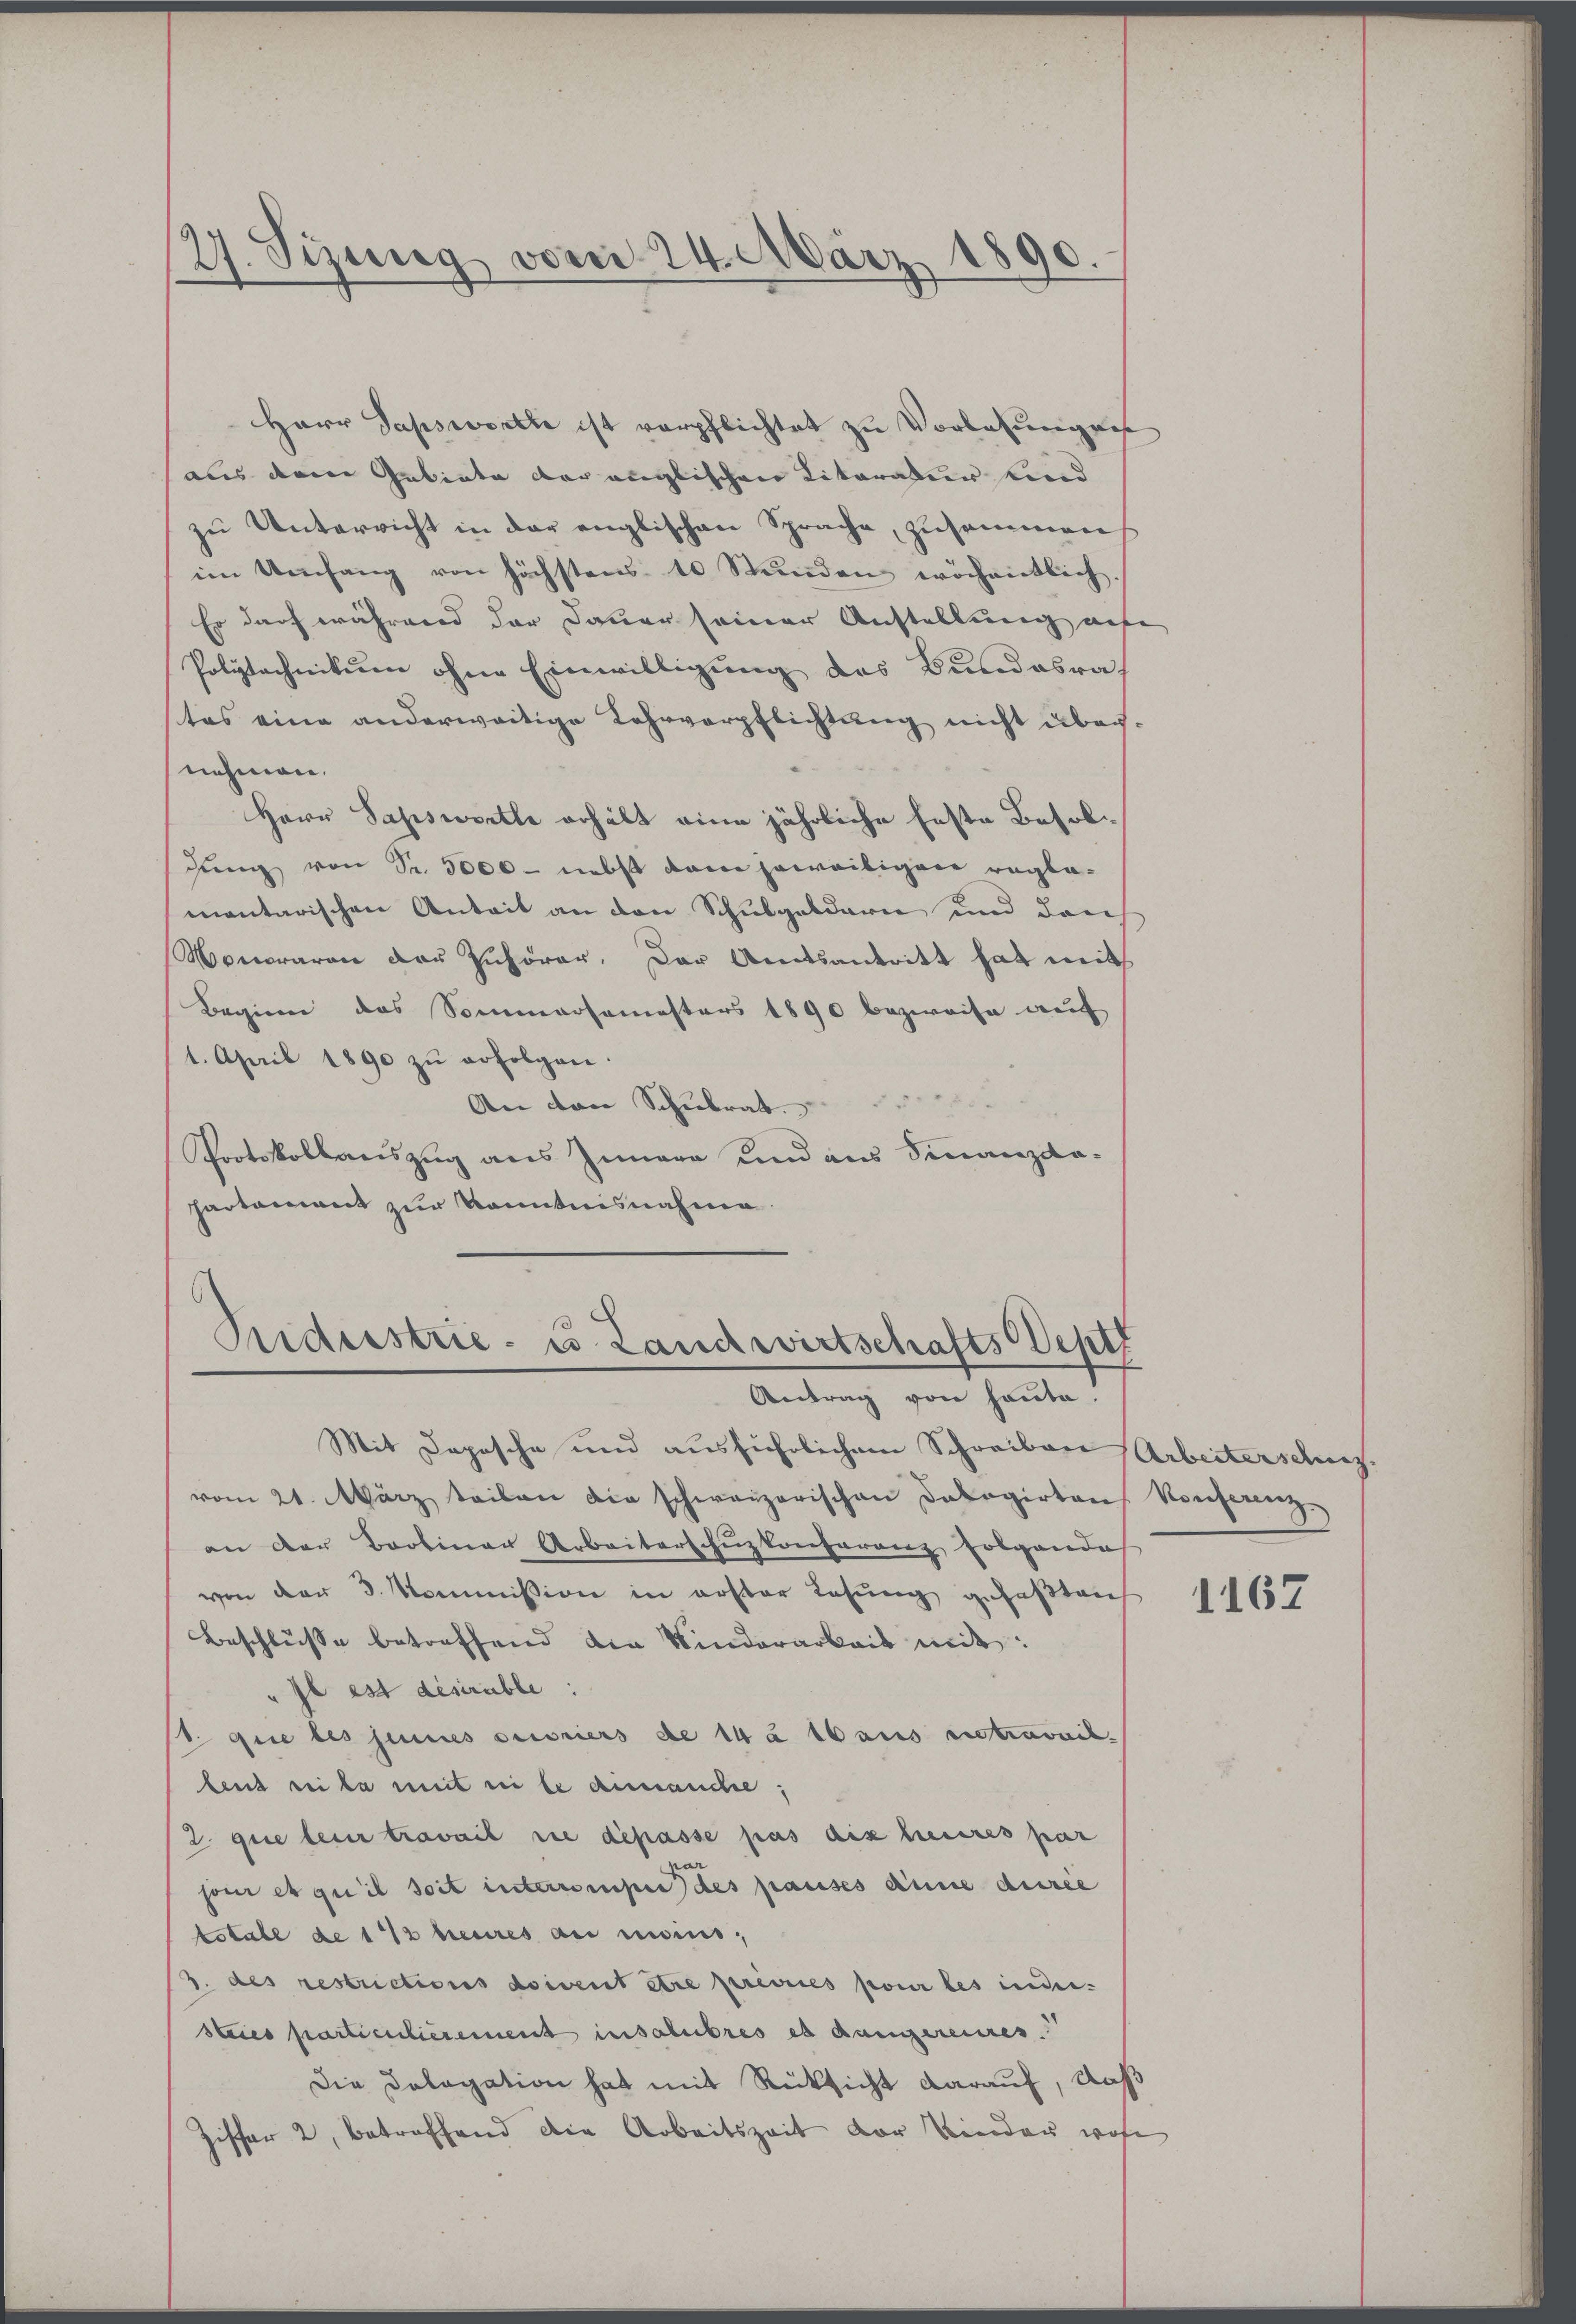
2. Sizung vom 24. März 1890.

Herr Papsworte ist verpflichtet zu Vorlesungen
aus dem Gebiete der englischen Literatur kind
zu Unterricht in der englischen Sprache, zusammen,
im Umfang von höchstens 10 Stŭnden wöchentlich.
Er darf während der Dauer seiner Anstellung aufe
Polytechnikum ohne Einwilligung des Bundesrat
tes eine anderweitige Lehrverpflichtung nicht übernehmen.
Herr Sapswette erhält eine jährliche Feste Besoldung von Sr. 3000 - nebst kam jeweitigen reglementarischen Anteit an den Schulgeldern und dan
Monoraren der Zuhörer, der Amtsantritt hat mit
Beginn das Sommersemesters 1890 bezweife auf
1. April 1890 zŭ erfolgen.
An von Schulrat
Protokollauszug aus Innere und aus Finanzdapartement zur Kenntnisnahme.

Trideestrie- u Landwirtschafts Sept
Antrag von heute.

Mit Depesche und ausführlichem Schreiben Arbeiterschez
vom 21. März teilen die schweizerischen Dalogirten Konferenz.
an der Baolinar Arbeitert Eŭzkonferenz, folgendes
von der 3. Kommission in erster Lesung gefaßten
Beschlusse betreffend die Kinderarbeit mit:
"Il est désirable:
s que les jenes ouvriers de 14 à 10 aus retravail.
lent sei la mit in le annauche;
2 que lein travail sie dépasse pas dis heures par
soi et qu’il soit interrompe des pauses anne durée
totale de 142 heures au moins,
3. des restrictions doivent être previces pour les inder.
stries particulierement insolubres es dangereines
Die Dologation hat mit Rücksicht darauf, daß
hiffer 2, betreffend die Arbeitszeit der Kinder wohe

1167